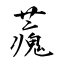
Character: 藱